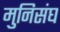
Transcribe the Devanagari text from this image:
मुनिसंघ